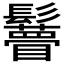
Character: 𩯼